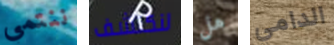
ننتمي لنكتشف هل الدامي